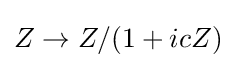
Z\to Z/(1+icZ)